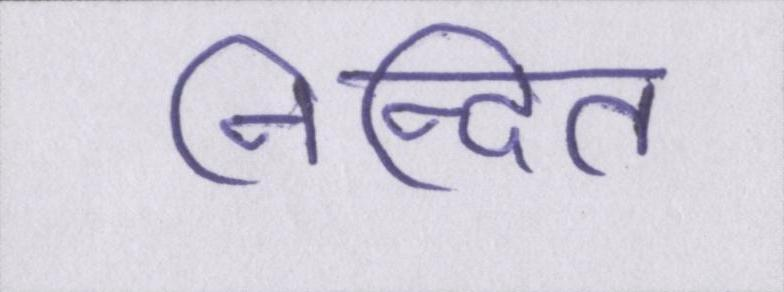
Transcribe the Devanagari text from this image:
निन्दित